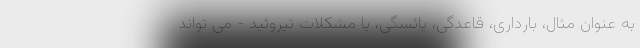
به عنوان مثال، بارداری، قاعدگی، یائسگی، یا مشکلات تیروئید - می تواند